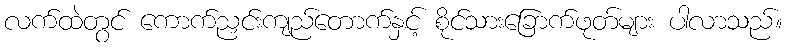
လက်ထဲတွင် ကောက်ညှင်းကျည်တောက်နှင့် စိုင်သားခြောက်ဖုတ်များ ပါလာသည်။